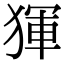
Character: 𤟤